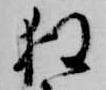
狂